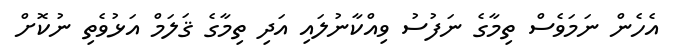
އެހެން ނަމަވެސް ތިމާގެ ނަފުސު ވިއްކާނުލައި އަދި ތިމާގެ ޤަލަމް އަޅުވެތި ނުކޮށް